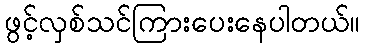
ဖွင့်လှစ်သင်ကြားပေးနေပါတယ်။